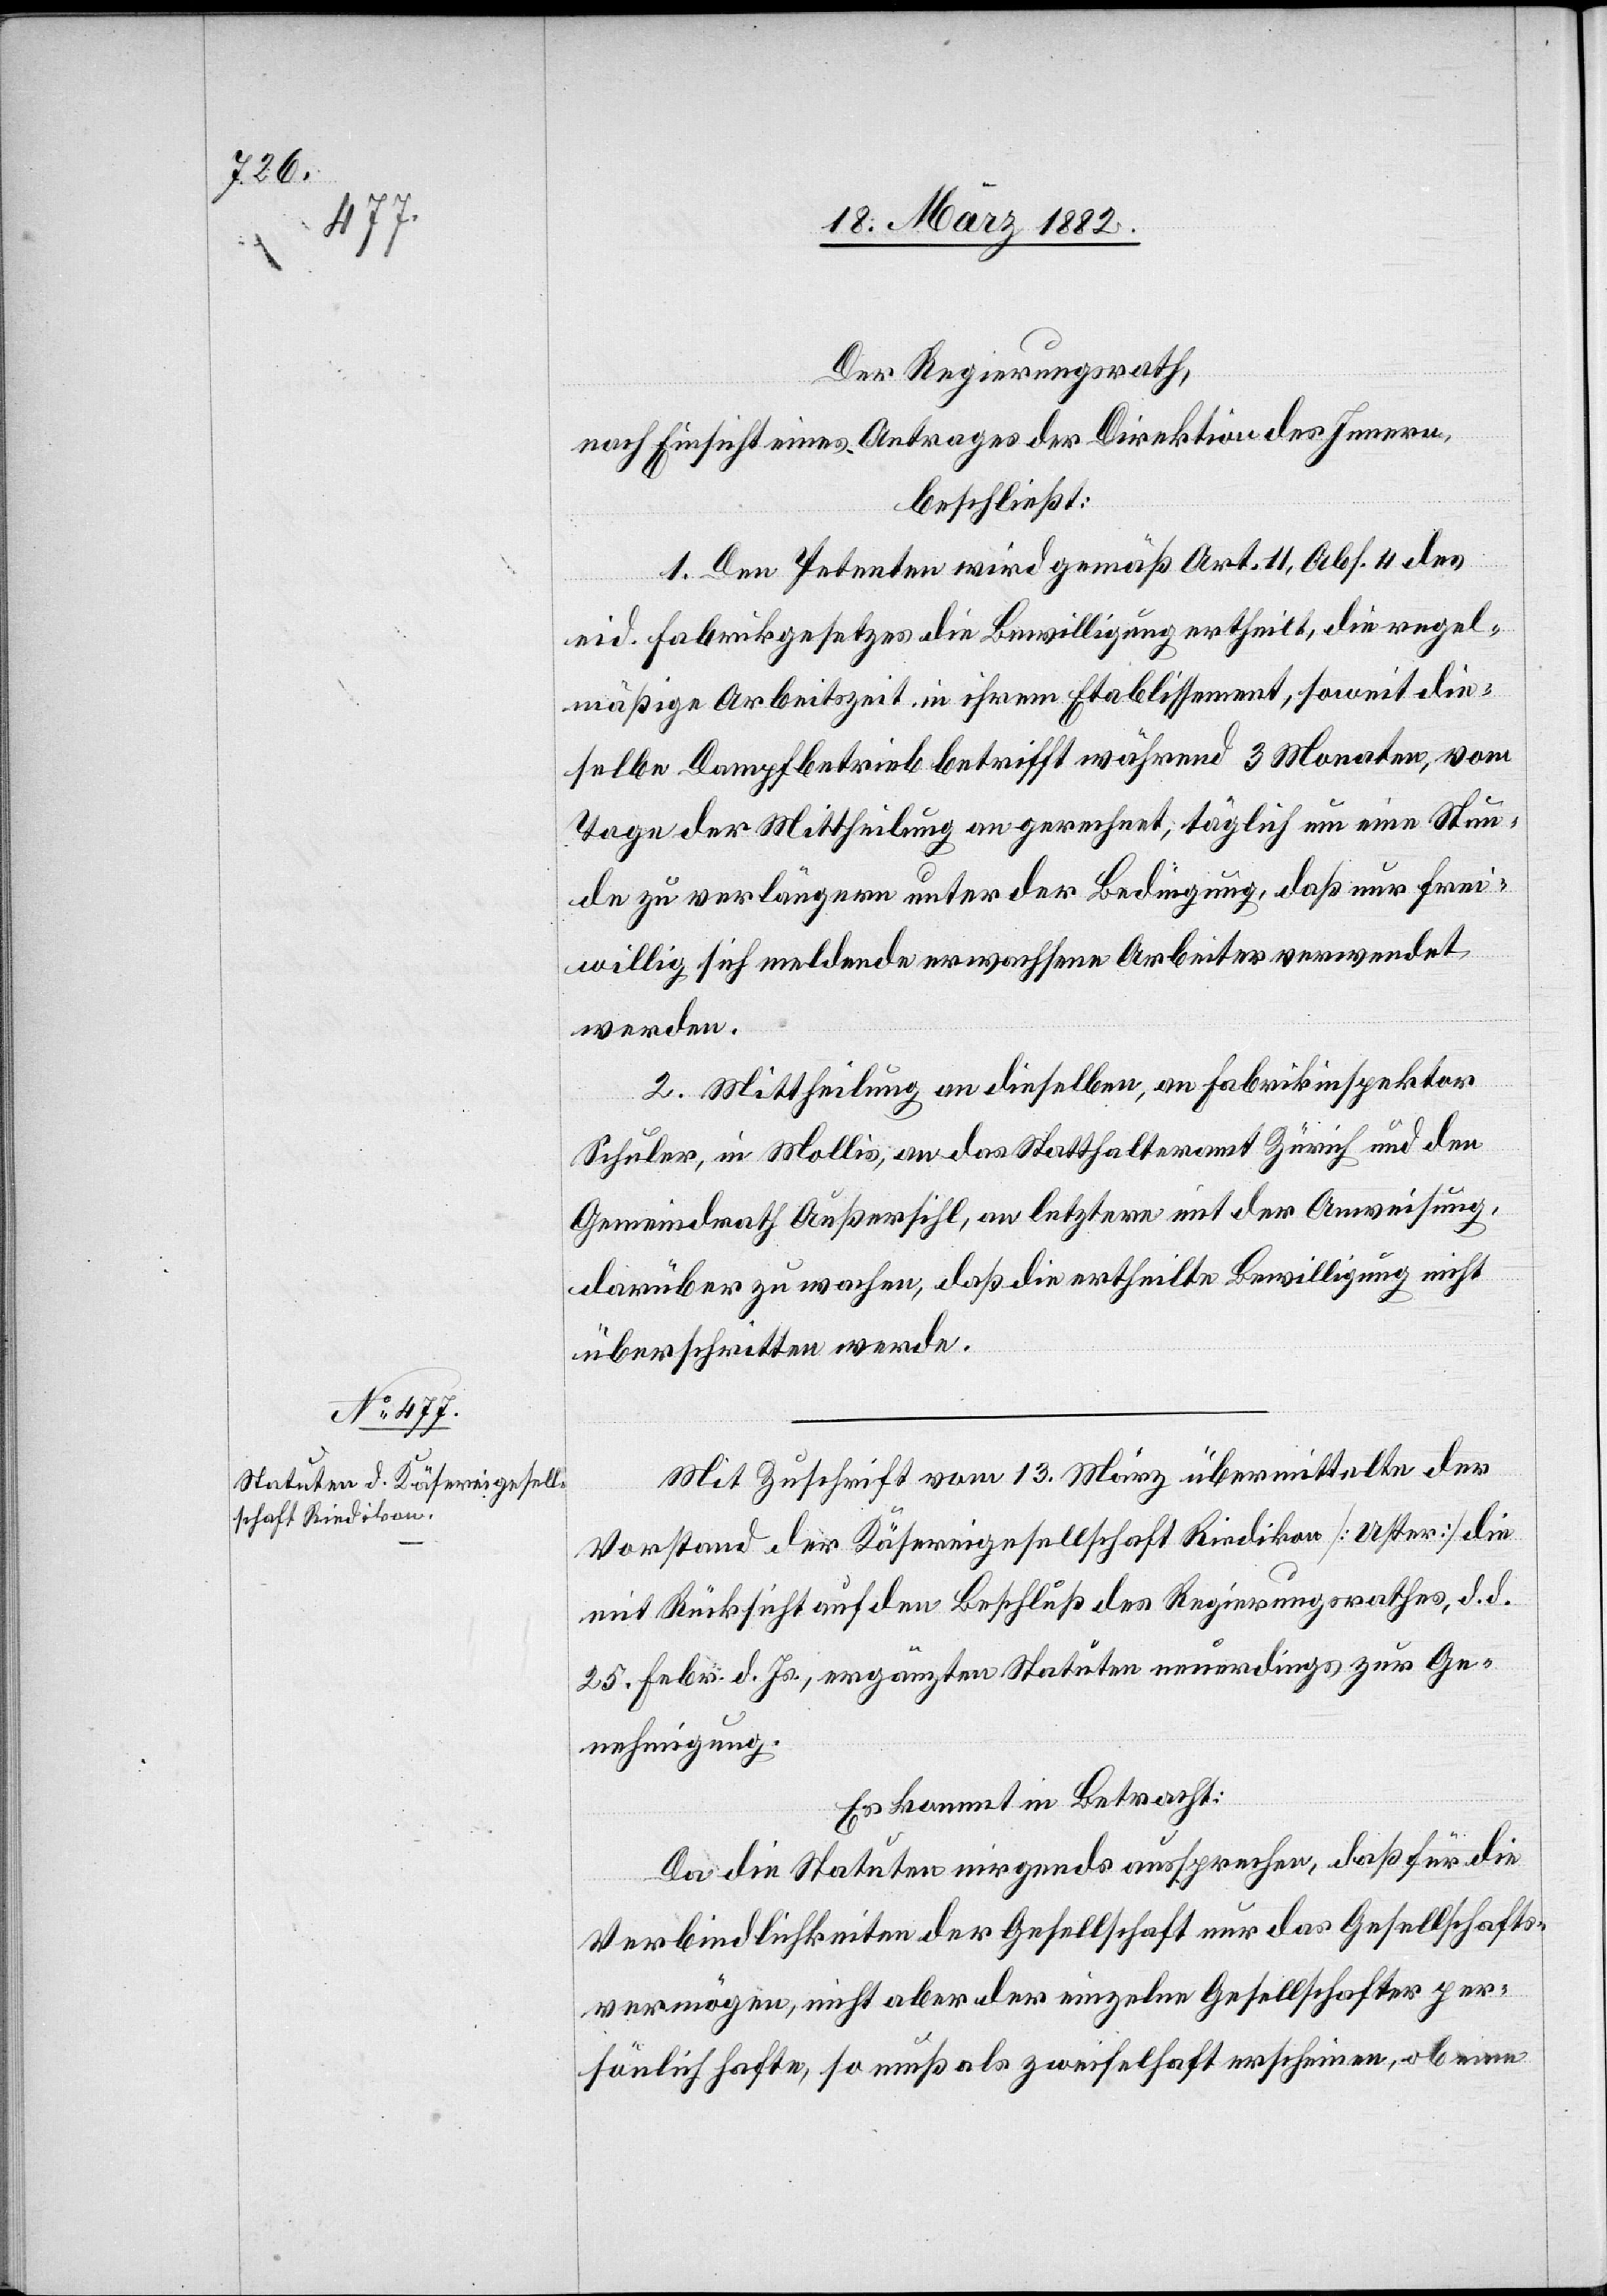
Der Regierungsrath,
nach Einsicht eines Antrages der Direktion des Innern,
beschließt:
1. Den Petenten wird gemäß Art. 11, Abs. 4 des
eid. Fabrikgesetzes die Bewilligung ertheilt, die regel¬
mäßige Arbeitszeit in ihrem Etablissement, soweit die¬
selbe Dampfbetrieb betrifft während 3 Monaten, vom
Tage der Mittheilung an gerechnet, täglich um eine Stun¬
de zu verlängern unter der Bedingung, daß nur frei¬
willige sich meldende erwachsene Arbeiter verwendet
werden.
2. Mittheilung an dieselben, an Fabrikinspektor
Schuler, in Mollis, an das Statthalteramt Zürich und den
Gemeindrath Außersihl, an letztern mit der Anweisung,
darüber zu wachen, daß die ertheilte Bewilligung nicht
überschritten werde.
Mit Zuschrift vom 13. März übermittelte der
Vorstand der Käsereigesellschaft Riedikon [Uster] die
mit Rücksicht auf den Beschluß des Regierungsrathes, d. d
25. Febr. d. Js., ergänzten Statuten neuerdings zur Ge¬
nehmigung.
Es kommt in Betracht:
Da die Statuten nirgends aussprechen, daß für die
Verbindlichkeiten der Gesellschaft nur das Gesellschafts¬
vermögen, nicht aber der einzelne Gesellschafter per¬
sönlich hafte, so muß als zweifelhaft erscheinen, ob eine